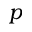
p